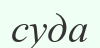
суда